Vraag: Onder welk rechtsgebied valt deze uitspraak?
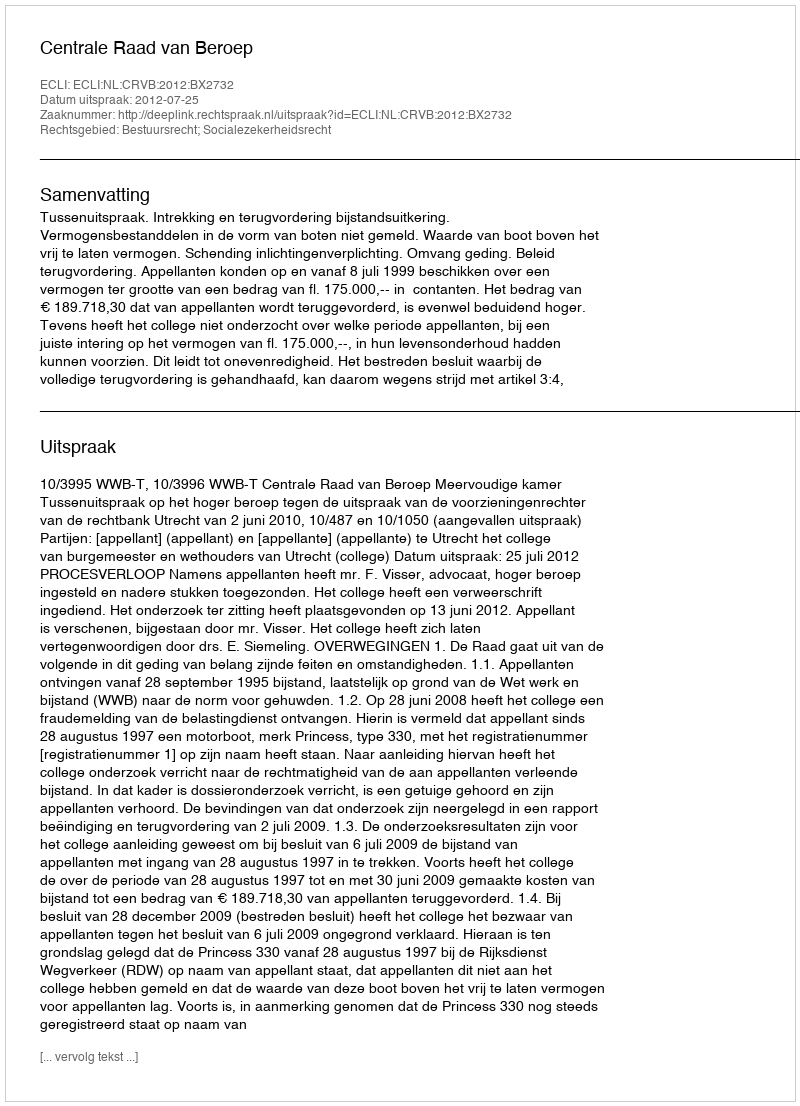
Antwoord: Bestuursrecht; Socialezekerheidsrecht